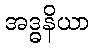
အဒ္ဓနိယာ